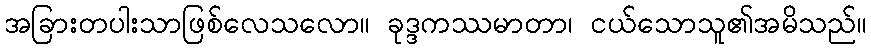
အခြားတပါးသာဖြစ်လေသလော။ ခုဒ္ဒကဿမာတာ၊ ငယ်သောသူ၏အမိသည်။